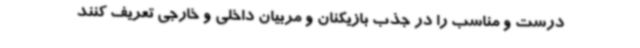
درست و مناسب را در جذب بازیکنان و مربیان داخلی و خارجی تعریف کنند